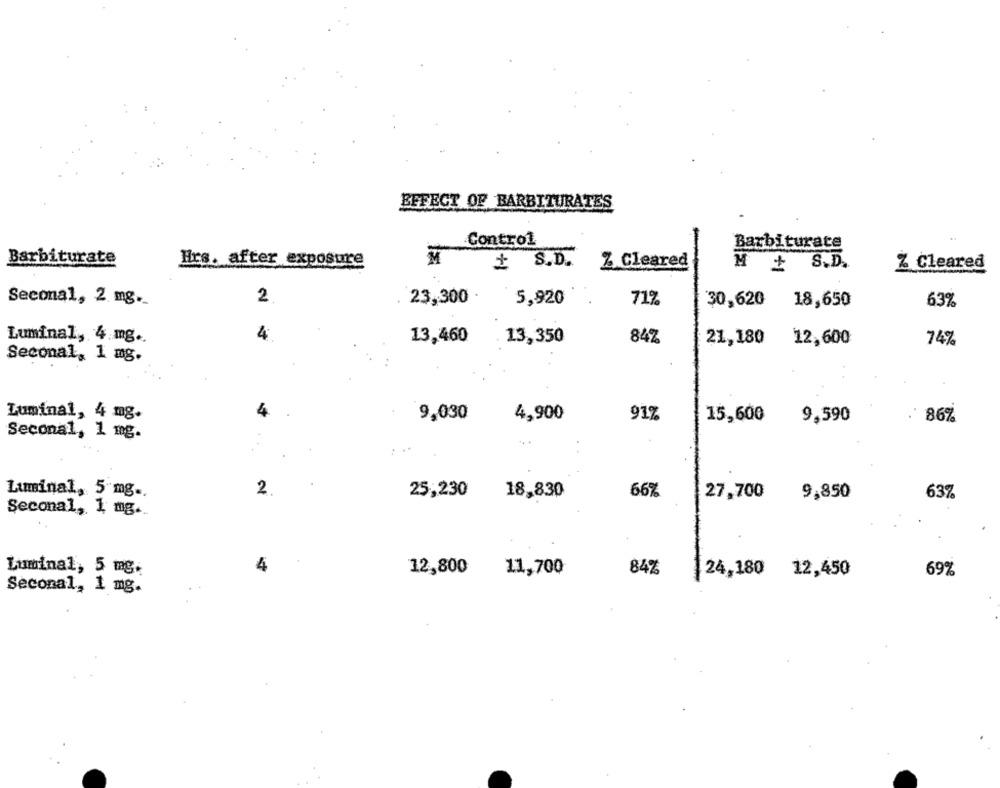
EFFECT OF BARBITURATES
Control
Barbiturate
Barbiturate
Hrs. after exposure
+ S.D.
Z Cleared
M + S.D.
Z Cleared
2
23,300 .
Seconal, 2 mg.
5,920
71%
30,620
18,650
63%
Luminal, 4 mg ..
4
13,460
13,350
84%
21,180
12,600
74%
Seconal, 1 mg.
Luminal, 4 mg.
4
9,030
4,900
91%
15,600
9,590
. 86%
Seconal, 1 mg.
Luminal, 5 mg ..
2
25,230
18,830
66%
27,700
9,850
63%
Seconal, 1 mg ..
4
Luminal, 5 mg.
12,800
11,700
84%
24,180 12,450
69%
Seconal, 1 mg.